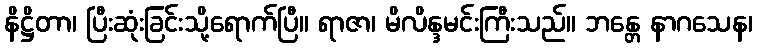
နိဋ္ဌိတာ၊ ပြီးဆုံးခြင်းသို့ရောက်ပြီ။ ရာဇာ၊ မိလိန္ဒမင်းကြီးသည်။ ဘန္တေ နာဂသေန၊